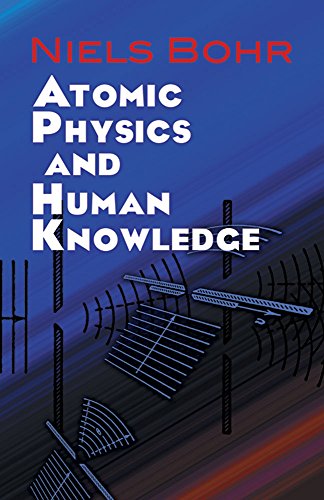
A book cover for Atomic Physics and Human Knowledge (Dover Books on Physics); Niels Bohr; Science & Math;